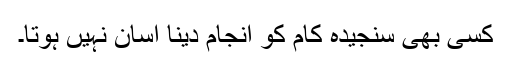
کسی بھی سنجیدہ کام کو انجام دینا آسان نہیں ہوتا۔